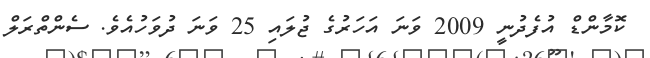
ކޮމާންޑް އުފެދުނީ 2009 ވަނަ އަހަރުގެ ޖުލައި 25 ވަނަ ދުވަހުއެވެ. ސެންތްރަލް